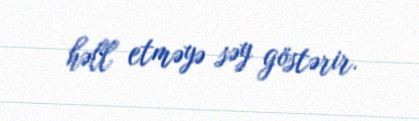
həll etməyə səy göstərir.